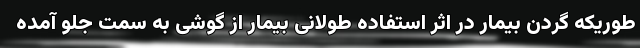
طوریکه گردن بیمار در اثر استفاده طولانی بیمار از گوشی به سمت جلو آمده